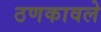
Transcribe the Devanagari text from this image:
ठणकावले